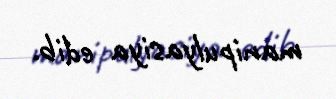
manipulyasiya edib.